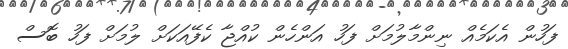
ފަހުން އެކަމެއް ނިންމާލުމަށް ފަހު އަންހެން ކުއްޖާ ކެފޭއަކަށް ލުމަށް ފަހު ބޮސް